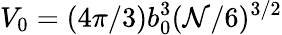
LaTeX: {V_{0}=(4\pi/3)b_{0}^{3}(\mathcal{N}/6)^{3/2}}